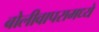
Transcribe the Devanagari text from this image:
बोलीवापरामध्ये